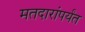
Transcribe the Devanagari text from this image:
मतदारांपर्यंत